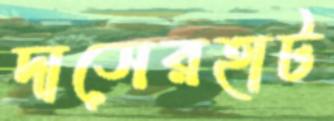
দাসেরহাট